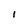
Character: i